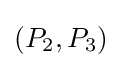
(P_{2},P_{3})